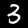
Digit: 3